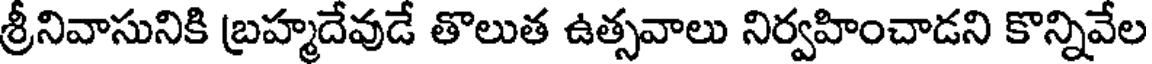
శ్రీనివాసునికి బ్రహ్మదేవుడే తొలుత ఉత్సవాలు నిర్వహించాడని కొన్నివేల